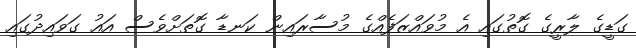
ގަޑީގެ ލާރީގެ ގޮތުގައި އެ މުވައްޒަފެއްގެ މުސާރައިން ކަނޑާ ގޮތަށްވެސް އައު ގަވައިދުގައި